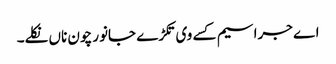
اے جراسیم کسے وی تکڑے جانور چون ناں نکلے۔